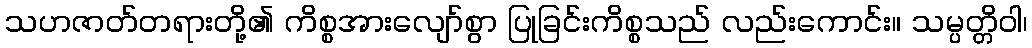
သဟဇာတ်တရားတို့၏ ကိစ္စအားလျော်စွာ ပြုခြင်းကိစ္စသည် လည်းကောင်း။ သမ္ပတ္တိဝါ၊